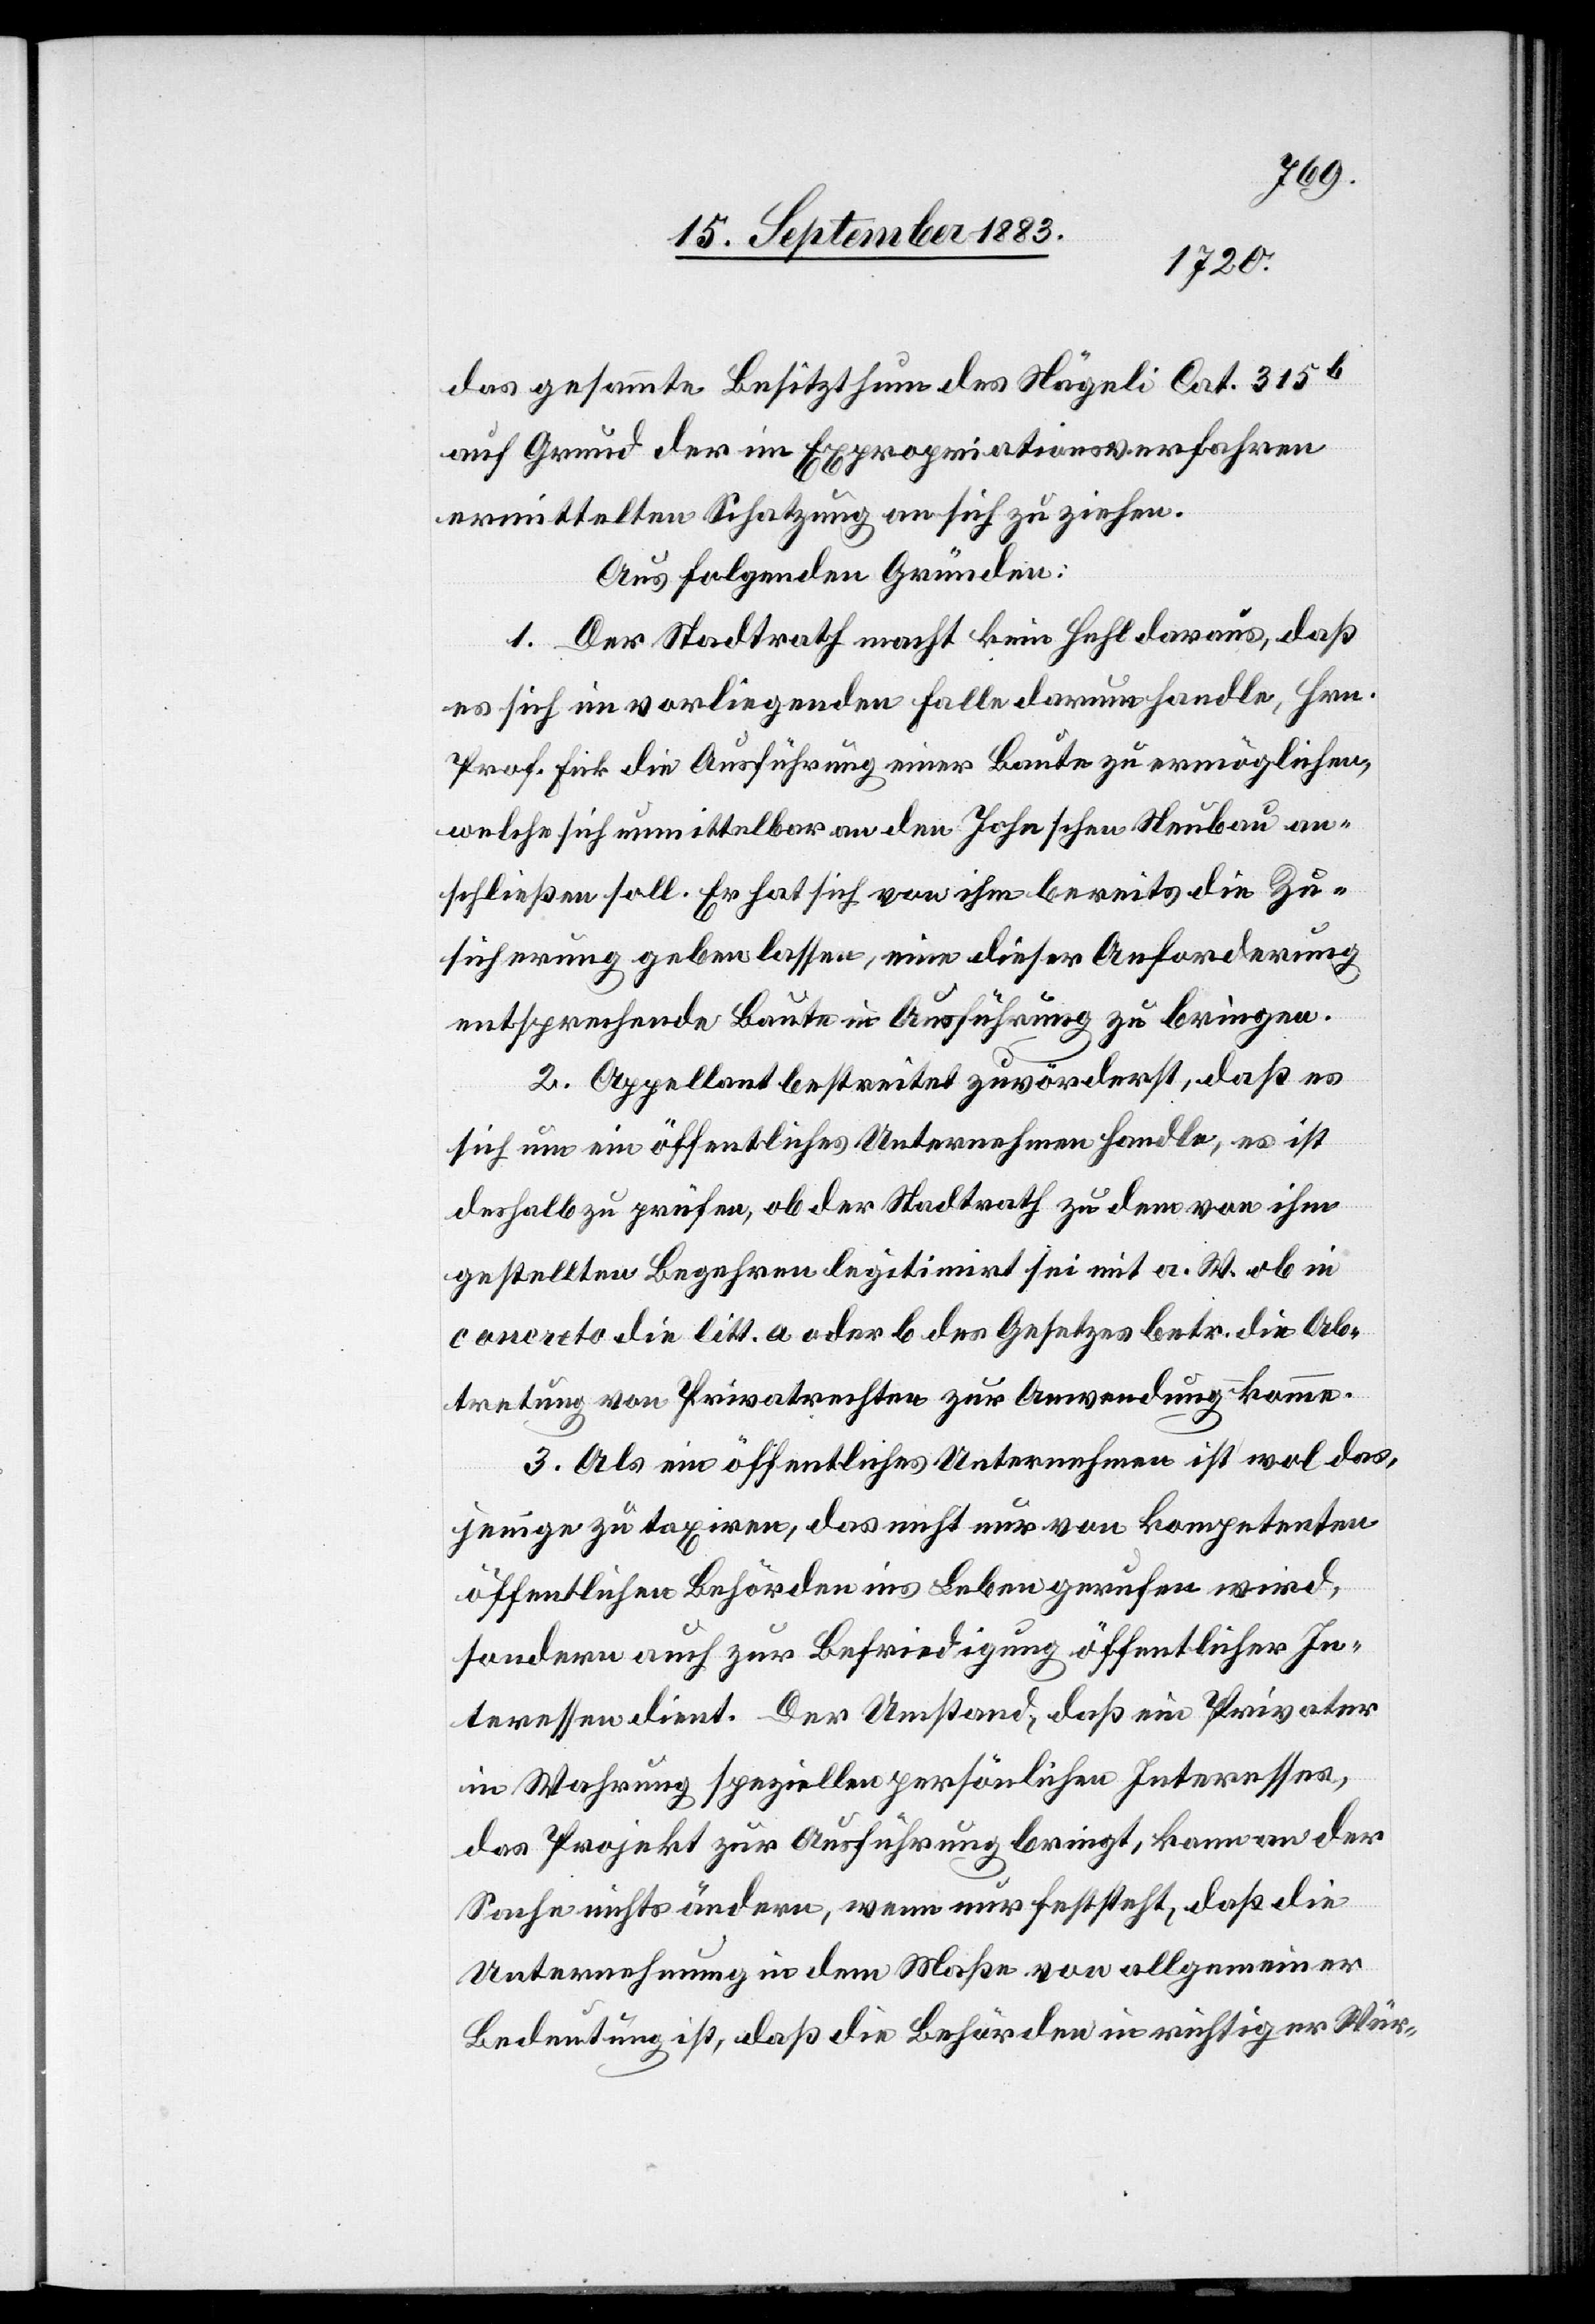
das gesammte Besitzthum des Nägeli Cat. 315b
auf Grund der im Expropriationsverfahren
ermittelten Schatzung an sich zu ziehen.
Aus folgenden Gründen:
1. Der Stadtrath macht kein Hehl daraus, daß
es sich im vorliegenden Falle darum handle, Hrn.
Prof. Fick die Ausführung einer Baute zu ermöglichen,
welche sich unmittelbar an den Johnschen Neubau an¬
schließen soll. Er hat sich von ihm bereits die Zu¬
sicherung geben lassen, eine dieser Anforderung
entsprechende Baute in Ausführung zu bringen.
2. Appellant bestreitet zuvörderst, daß es
sich um ein öffentliches Unternehmen handle, es ist
deshalb zu prüfen, ob der Stadtrath zu dem von ihm
gestellten Begehren legitimirt sei mit a. W. ob in
concreto die litt. a oder b des Gesetzes betr. die Ab¬
tretung von Privatrechten zur Anwendung komme.
3. Als ein öffentliches Unternehmen ist wol das¬
jenige zu taxiren, das nicht nur von kompetenten
öffentlichen Behörden ins Leben gerufen wird,
sondern auch zur Befriedigung öffentlicher In¬
teressen dient. Der Umstand, daß ein Privater
in Wahrung speziellen persönlichen Interesses,
das Projekt zur Ausführung bringt kann an der
Sache nichts ändern, wenn nur feststeht, daß die
Unternehmung in dem Maße von allgemeiner
Bedeutung ist, daß die Behörden in richtiger Wür-